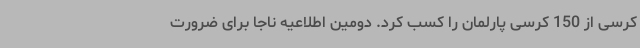
کرسی از 150 کرسی پارلمان را کسب کرد. دومین اطلاعیه ناجا برای ضرورت